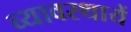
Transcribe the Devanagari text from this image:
व्यावस्थायें